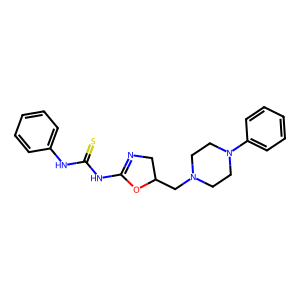
SMILES: S=C(NC1=NCC(CN2CCN(c3ccccc3)CC2)O1)Nc1ccccc1
Inhibits HIV replication: No